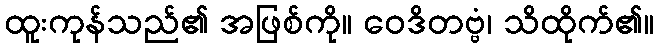
ထူးကုန်သည်၏ အဖြစ်ကို။ ဝေဒိတဗ္ဗံ၊ သိထိုက်၏။